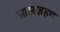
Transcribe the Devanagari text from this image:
आलज़हब